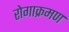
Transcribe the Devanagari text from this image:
रोगाक्रमण